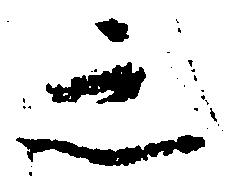
之